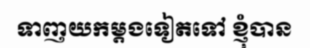
ទាញយកម្តងទៀតទៅ ខ្ញុំបាន